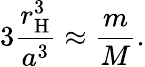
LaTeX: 3{\frac{r_{\mathrm{H}}^{3}}{a^{3}}}\approx{\frac{m}{M}}.